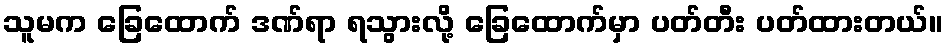
သူမက ခြေထောက် ဒဏ်ရာ ရသွားလို့ ခြေထောက်မှာ ပတ်တီး ပတ်ထားတယ်။